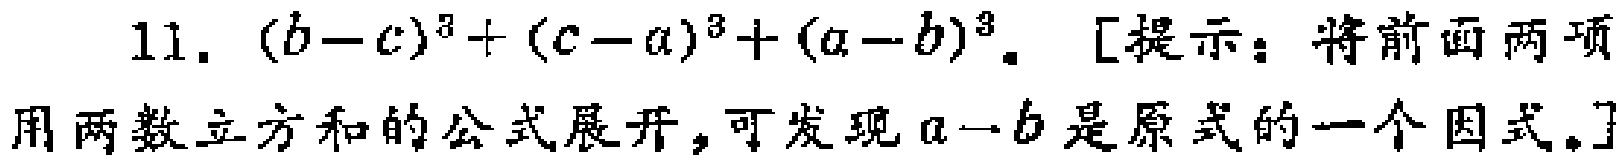
11. \((b - c)^3 + (c - a)^3 + (a - b)^3\). [提示：将前面两项用两数立方和的公式展开，可发现\(a - b\)是原式的一个因式。]